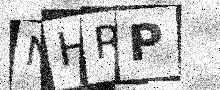
Text: NHRP